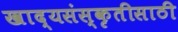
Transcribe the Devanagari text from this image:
खाद्यसंस्कृतीसाठी